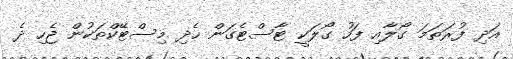
އަދި ފުރަތަމަ ގޯލާއި ފަހު ގޯލަކީ ޓާސްޓެގަން ހެދި މިސްޓޭކްތަކުން ޖެހި ދެ